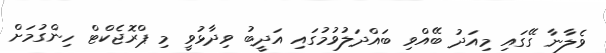
ވެލާނާ ގޭގައި މިއަދު ބޭއްވި ބައްދަލުވުމުގައި އަދީބު ވިދާޅުވީ މި ޕްރޮޖެކްޓް ހިންގުމަށް